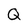
Character: Q